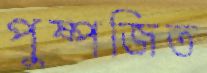
পুষ্পজিত